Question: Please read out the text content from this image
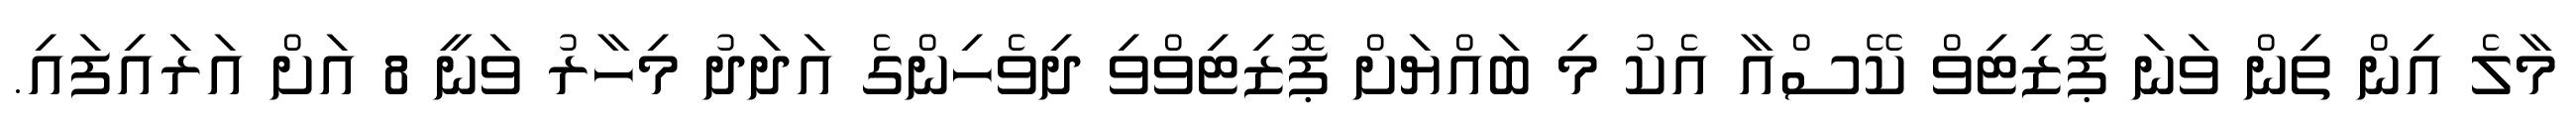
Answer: މާލެ އިން ތިން ވަނަ ޕޮޒިޓިވް ކޭސްއާ އެކު މި ބައްޔަށް ޕޮޒިޓިވްވި ދިވެހިންގެ އަދަދު މިހާރު ވަނީ 8 އަށް އަރައިފައި.